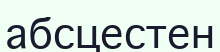
абсцестен